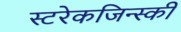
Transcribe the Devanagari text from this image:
स्टरेकजिन्स्की